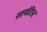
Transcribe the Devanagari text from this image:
सायंटिस्ट